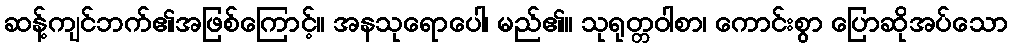
ဆန့်ကျင်ဘက်၏အဖြစ်ကြောင့်။ အနသုရောပေါ၊ မည်၏။ သုရုတ္တဝါစာ၊ ကောင်းစွာ ပြောဆိုအပ်သော